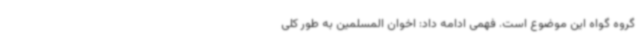
گروه گواه این موضوع است. فهمی ادامه داد: اخوان المسلمین به طور کلی